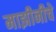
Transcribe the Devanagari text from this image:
माझीनीचे